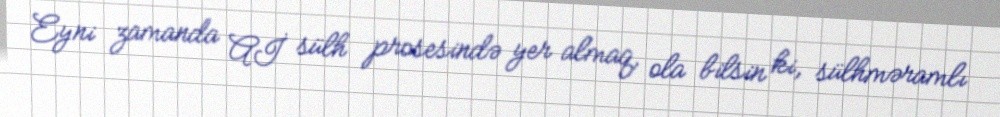
Eyni zamanda Aİ sülh prosesində yer almaq, ola bilsin ki, sülhməramlı